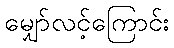
မျှော်လင့်ကြောင်း